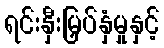
ရင်းနှီးမြှပ်နှံမှုနှင့်